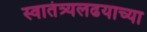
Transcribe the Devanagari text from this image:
स्वातंत्र्यलढयाच्या